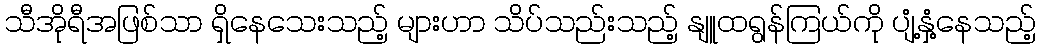
သီအိုရီအဖြစ်သာ ရှိနေသေးသည့် များဟာ သိပ်သည်းသည့် နျူထရွန်ကြယ်ကို ပျံ့နှံ့နေသည့်